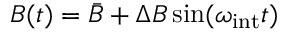
B ( t ) = \bar { B } + \Delta B \sin ( \omega _ { \mathrm { i n t } } t )